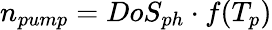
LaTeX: n_{pump}=DoS_{ph}\cdot f(T_{p})